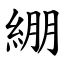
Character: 綳